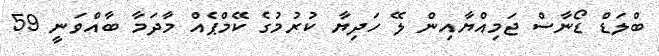
ބްލަޑް ޑޯނާސް ޖަމިއްޔާއިން ލޭ ހަދިޔާ ކުރުމުގެ ކޭމްޕެއް މާދަމާ ބާއްވަނީ 59